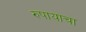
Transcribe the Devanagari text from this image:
रुपायाचा